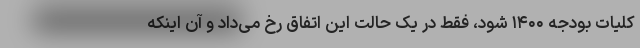
کلیات بودجه ۱۴۰۰ شود، فقط در یک حالت این اتفاق رخ می‌داد و آن اینکه